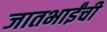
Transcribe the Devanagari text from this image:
जातभाईंची